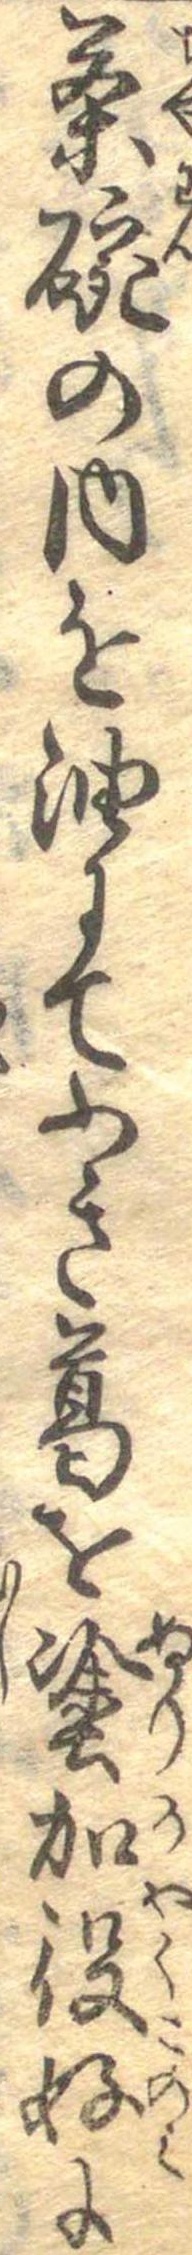
茶碗の内を油にてふき葛を塗加役好に